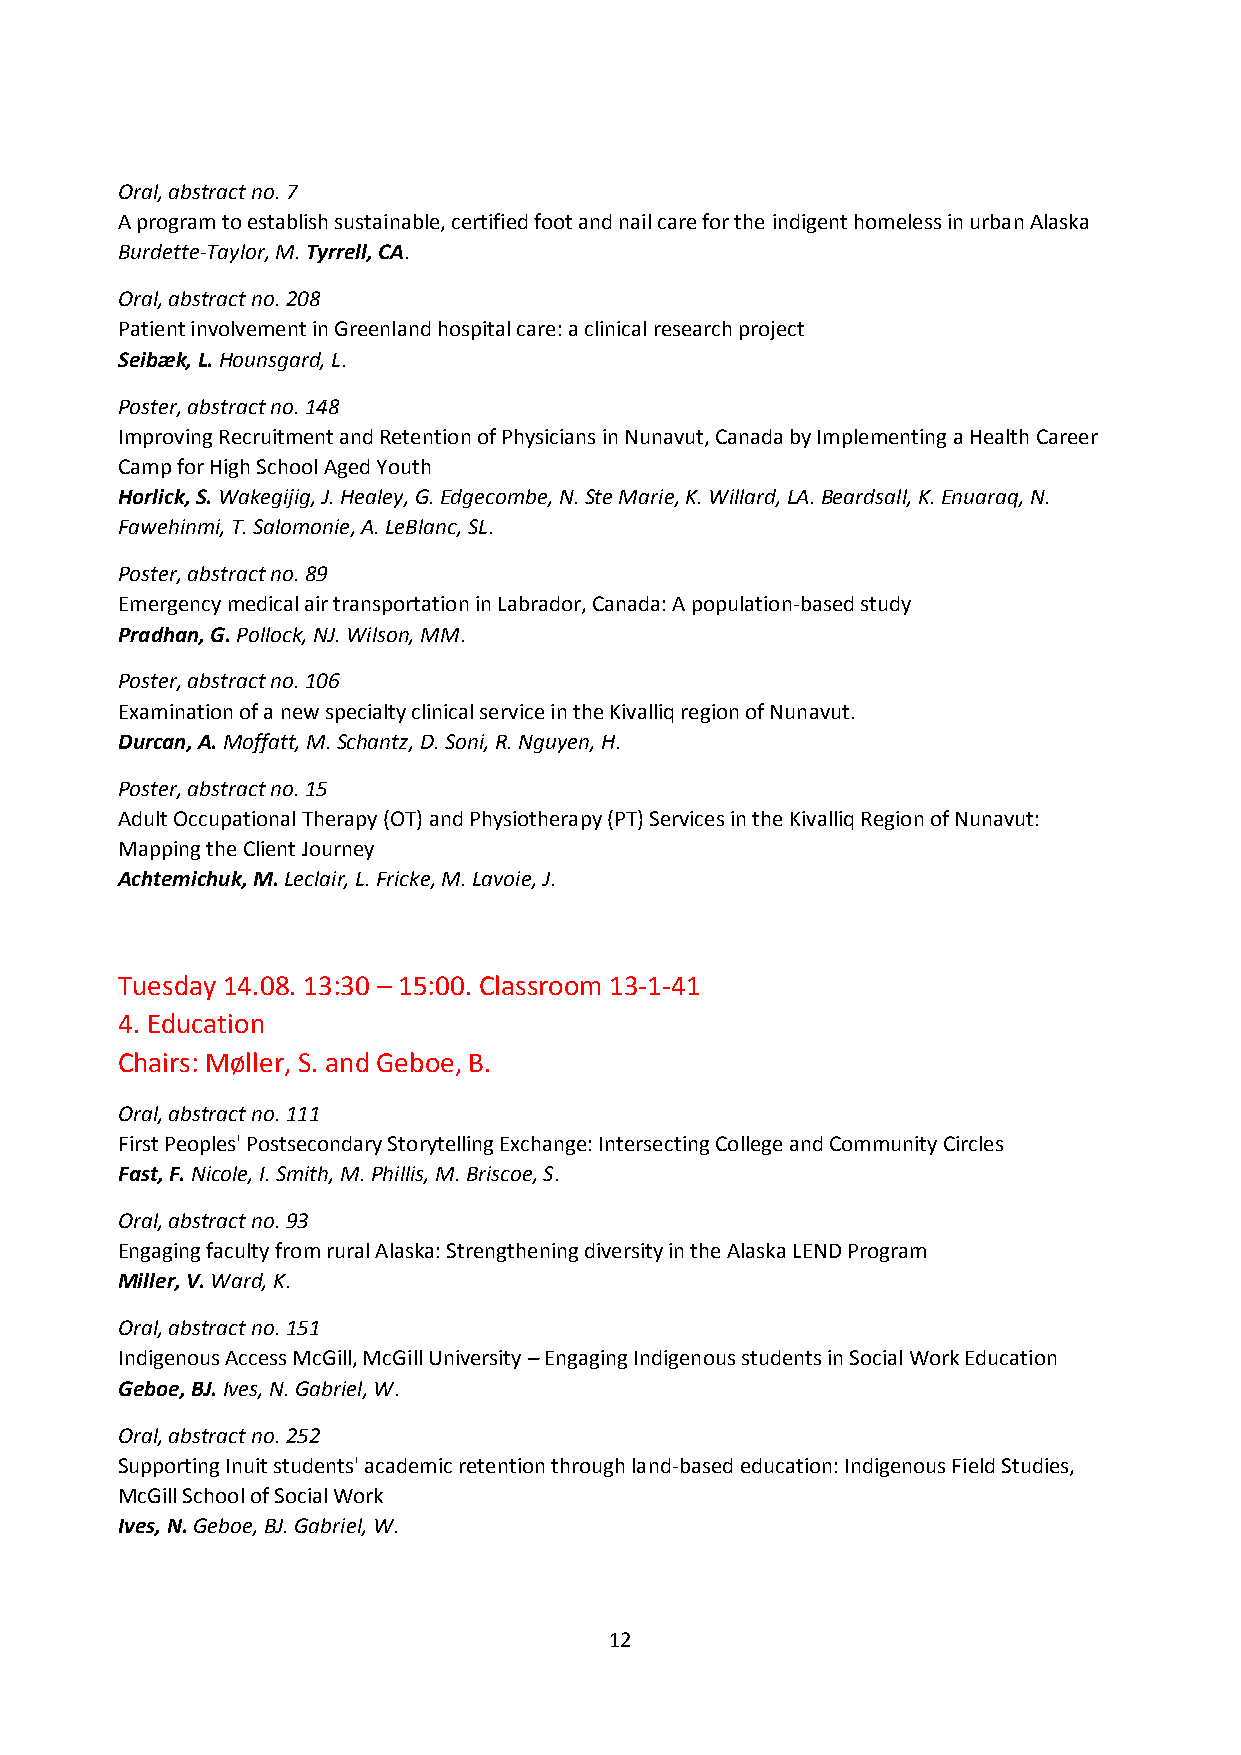
Oral, abstract no. 7
 A program to establish sustainable, certified foot and nail care for the indigent homeless in urban Alaska
 Burdette-Taylor, M. Tyrrell, CA.
 Oral, abstract no. 208
 Patient involvement in Greenland hospital care: a clinical research project
 Seibæk, L. Hounsgard, L.
 Poster, abstract no. 148
 Improving Recruitment and Retention of Physicians in Nunavut, Canada by Implementing a Health Career
 Camp for High School Aged Youth
 Horlick, S. Wakegijig, J. Healey, G. Edgecombe, N. Ste Marie, K. Willard, LA. Beardsall, K. Enuaraq, N.
 Fawehinmi, T. Salomonie, A. LeBlanc, SL.
 Poster, abstract no. 89
 Emergency medical air transportation in Labrador, Canada: A population-based study
 Pradhan, G. Pollock, NJ. Wilson, MM.
 Poster, abstract no. 106
 Examination of a new specialty clinical service in the Kivalliq region of Nunavut.
 Durcan, A. Moffatt, M. Schantz, D. Soni, R. Nguyen, H.
 Poster, abstract no. 15
 Adult Occupational Therapy (OT) and Physiotherapy (PT) Services in the Kivalliq Region of Nunavut:
 Mapping the Client Journey
 Achtemichuk, M. Leclair, L. Fricke, M. Lavoie, J.
 Tuesday 14.08. 13:30 – 15:00. Classroom 13-1-41
 4. Education
 Chairs: Møller, S. and Geboe, B.
 Oral, abstract no. 111
 First Peoples' Postsecondary Storytelling Exchange: Intersecting College and Community Circles
 Fast, F. Nicole, I. Smith, M. Phillis, M. Briscoe, S.
 Oral, abstract no. 93
 Engaging faculty from rural Alaska: Strengthening diversity in the Alaska LEND Program
 Miller, V. Ward, K.
 Oral, abstract no. 151
 Indigenous Access McGill, McGill University – Engaging Indigenous students in Social Work Education
 Geboe, BJ. Ives, N. Gabriel, W.
 Oral, abstract no. 252
 Supporting Inuit students' academic retention through land-based education: Indigenous Field Studies,
 McGill School of Social Work
 Ives, N. Geboe, BJ. Gabriel, W.
 12